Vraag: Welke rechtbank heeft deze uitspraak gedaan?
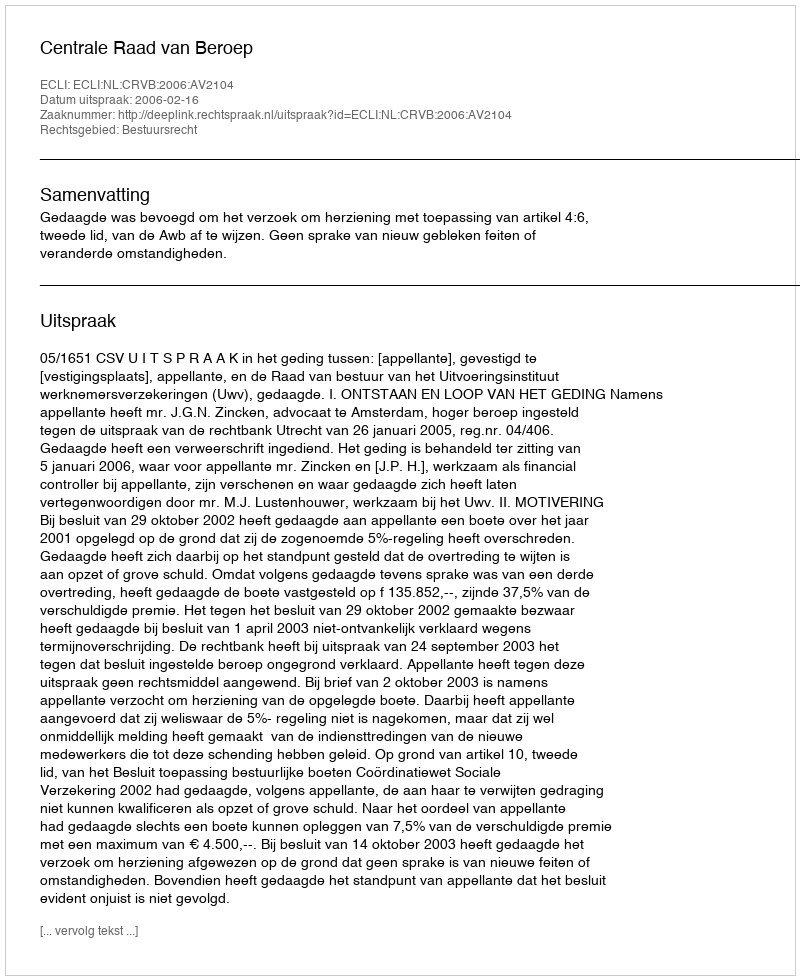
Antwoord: Centrale Raad van Beroep